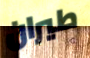
طيران